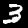
Digit: 3